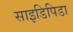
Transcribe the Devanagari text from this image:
साइडिपिडा